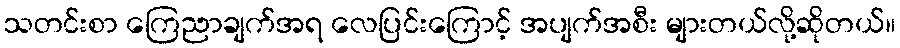
သတင်းစာ ကြေညာချက်အရ လေပြင်းကြောင့် အပျက်အစီး များတယ်လို့ဆိုတယ်။